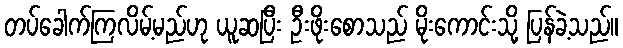
တပ်ခေါက်ကြလိမ့်မည်ဟု ယူဆပြီး ဦးဖိုးစောသည် မိုးကောင်းသို့ ပြန်ခဲ့သည်။